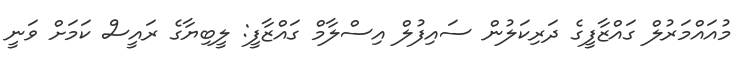
މުއައްމަރުލް ގައްޒާފީގެ ދަރިކަލުން ސައިފުލް އިސްލާމް ގައްޒާފީ: ލީބިޔާގެ ރައީސް ކަމަށް ވަނީ